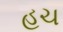
હચ